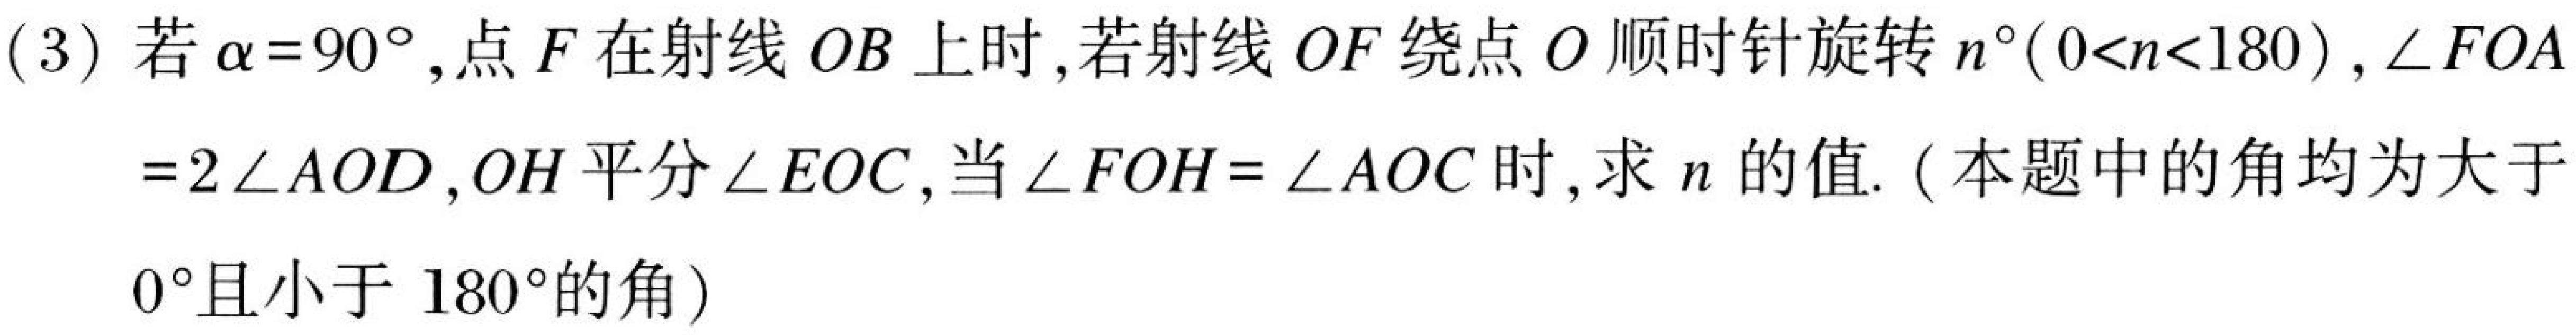
(3) 若\(\alpha = 90^{\circ}\)，点\(F\)在射线\(OB\)上时，若射线\(OF\)绕点\(O\)顺时针旋转\(n^{\circ}(0 < n < 180)\)，\(\angle FOA=2\angle AOD\)，\(OH\)平分\(\angle EOC\)，当\(\angle FOH=\angle AOC\)时，求\(n\)的值.（本题中的角均为大于\(0^{\circ}\)且小于\(180^{\circ}\)的角）